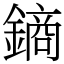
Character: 𨫢